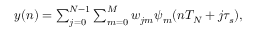
\begin{array} { r } { y ( n ) = \sum _ { j = 0 } ^ { N - 1 } \sum _ { m = 0 } ^ { M } w _ { j m } \psi _ { m } ( n T _ { N } + j \tau _ { s } ) , } \end{array}